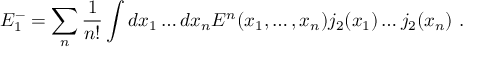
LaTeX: E _ { 1 } ^ { - } = \sum _ { n } \frac 1 { n ! } \int d x _ { 1 } \dots d x _ { n } { \cal E } ^ { n } ( x _ { 1 } , \dots , x _ { n } ) j _ { 2 } ( x _ { 1 } ) \dots j _ { 2 } ( x _ { n } ) \ .